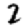
Digit: 2